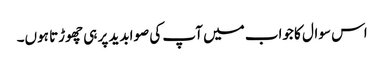
اس سوال کا جواب میں آپ کی صوابدید پر ہی چھوڑتا ہوں۔